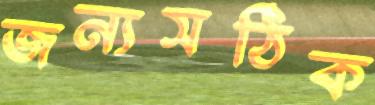
জন্যসঠিক